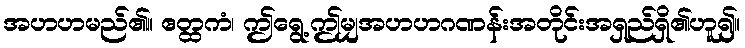
အဟဟမည်၏။ ဧတ္ထကံ၊ ဤရွေ့ဤမျှအဟဟဂဏန်းအတိုင်းအရှည်ရှိ၏ဟူ၍။